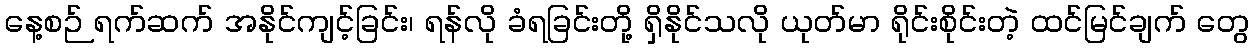
နေ့စဉ် ရက်ဆက် အနိုင်ကျင့်ခြင်း၊ ရန်လို ခံရခြင်းတို့ ရှိနိုင်သလို ယုတ်မာ ရိုင်းစိုင်းတဲ့ ထင်မြင်ချက် တွေ